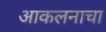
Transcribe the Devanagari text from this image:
आकलनाचा